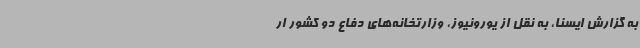
به گزارش ایسنا، به نقل از یورونیوز، وزارتخانه‌های دفاع دو کشور ار